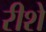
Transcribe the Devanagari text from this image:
रीशे